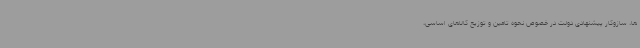
ها، سازوکار پیشنهادی دولت در خصوص نحوه تامین و توزیع کالاهای اساسی،